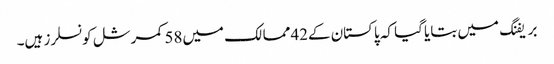
بریفنگ میں بتایا گیا کہ پاکستان کے42ممالک میں58کمرشل کونسلرز ہیں۔